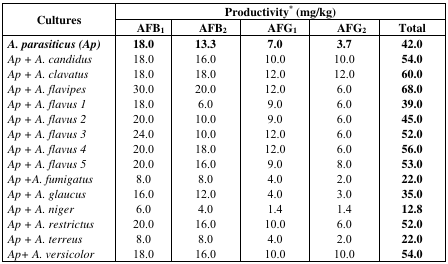
| <ROWSPAN=2> Cultures | <COLSPAN=5> Productivity* (mg/kg) |
 | AFB1 | AFB2 | AFG1 | AFG2 | Total |
 | --- | --- | --- | --- | --- | --- |
 | A. parasiticus (Ap) | 18.0 | 13.3 | 7.0 | 3.7 | 42.0 |
 | Ap + A. candidus | 18.0 | 16.0 | 10.0 | 10.0 | 54.0 |
 | Ap + A. clavatus | 18.0 | 18.0 | 12.0 | 12.0 | 60.0 |
 | Ap + A. flavipes | 30.0 | 20.0 | 12.0 | 6.0 | 68.0 |
 | Ap + A. flavus 1 | 18.0 | 6.0 | 9.0 | 6.0 | 39.0 |
 | Ap + A. flavus 2 | 20.0 | 10.0 | 9.0 | 6.0 | 45.0 |
 | Ap + A. flavus 3 | 24.0 | 10.0 | 12.0 | 6.0 | 52.0 |
 | Ap + A. flavus 4 | 20.0 | 18.0 | 12.0 | 6.0 | 56.0 |
 | Ap + A. flavus 5 | 20.0 | 16.0 | 9.0 | 8.0 | 53.0 |
 | Ap +A. fumigatus | 8.0 | 8.0 | 4.0 | 2.0 | 22.0 |
 | Ap + A. glaucus | 16.0 | 12.0 | 4.0 | 3.0 | 35.0 |
 | Ap + A. niger | 6.0 | 4.0 | 1.4 | 1.4 | 12.8 |
 | Ap + A. restrictus | 20.0 | 16.0 | 10.0 | 6.0 | 52.0 |
 | Ap + A. terreus | 8.0 | 8.0 | 4.0 | 2.0 | 22.0 |
 | Ap+ A. versicolor | 18.0 | 16.0 | 10.0 | 10.0 | 54.0 |